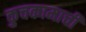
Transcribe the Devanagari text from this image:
कुचकामाची